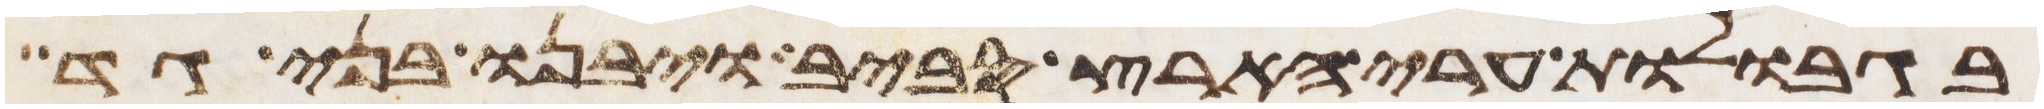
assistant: בגבולות ערי הארץ סביב ויבנו בני גד